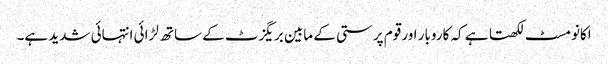
اکانومسٹ لکھتا ہے کہ کاروبار اور قوم پرستی کے مابین بریگزٹ کے ساتھ لڑائی انتہائی شدید ہے۔